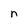
Character: n